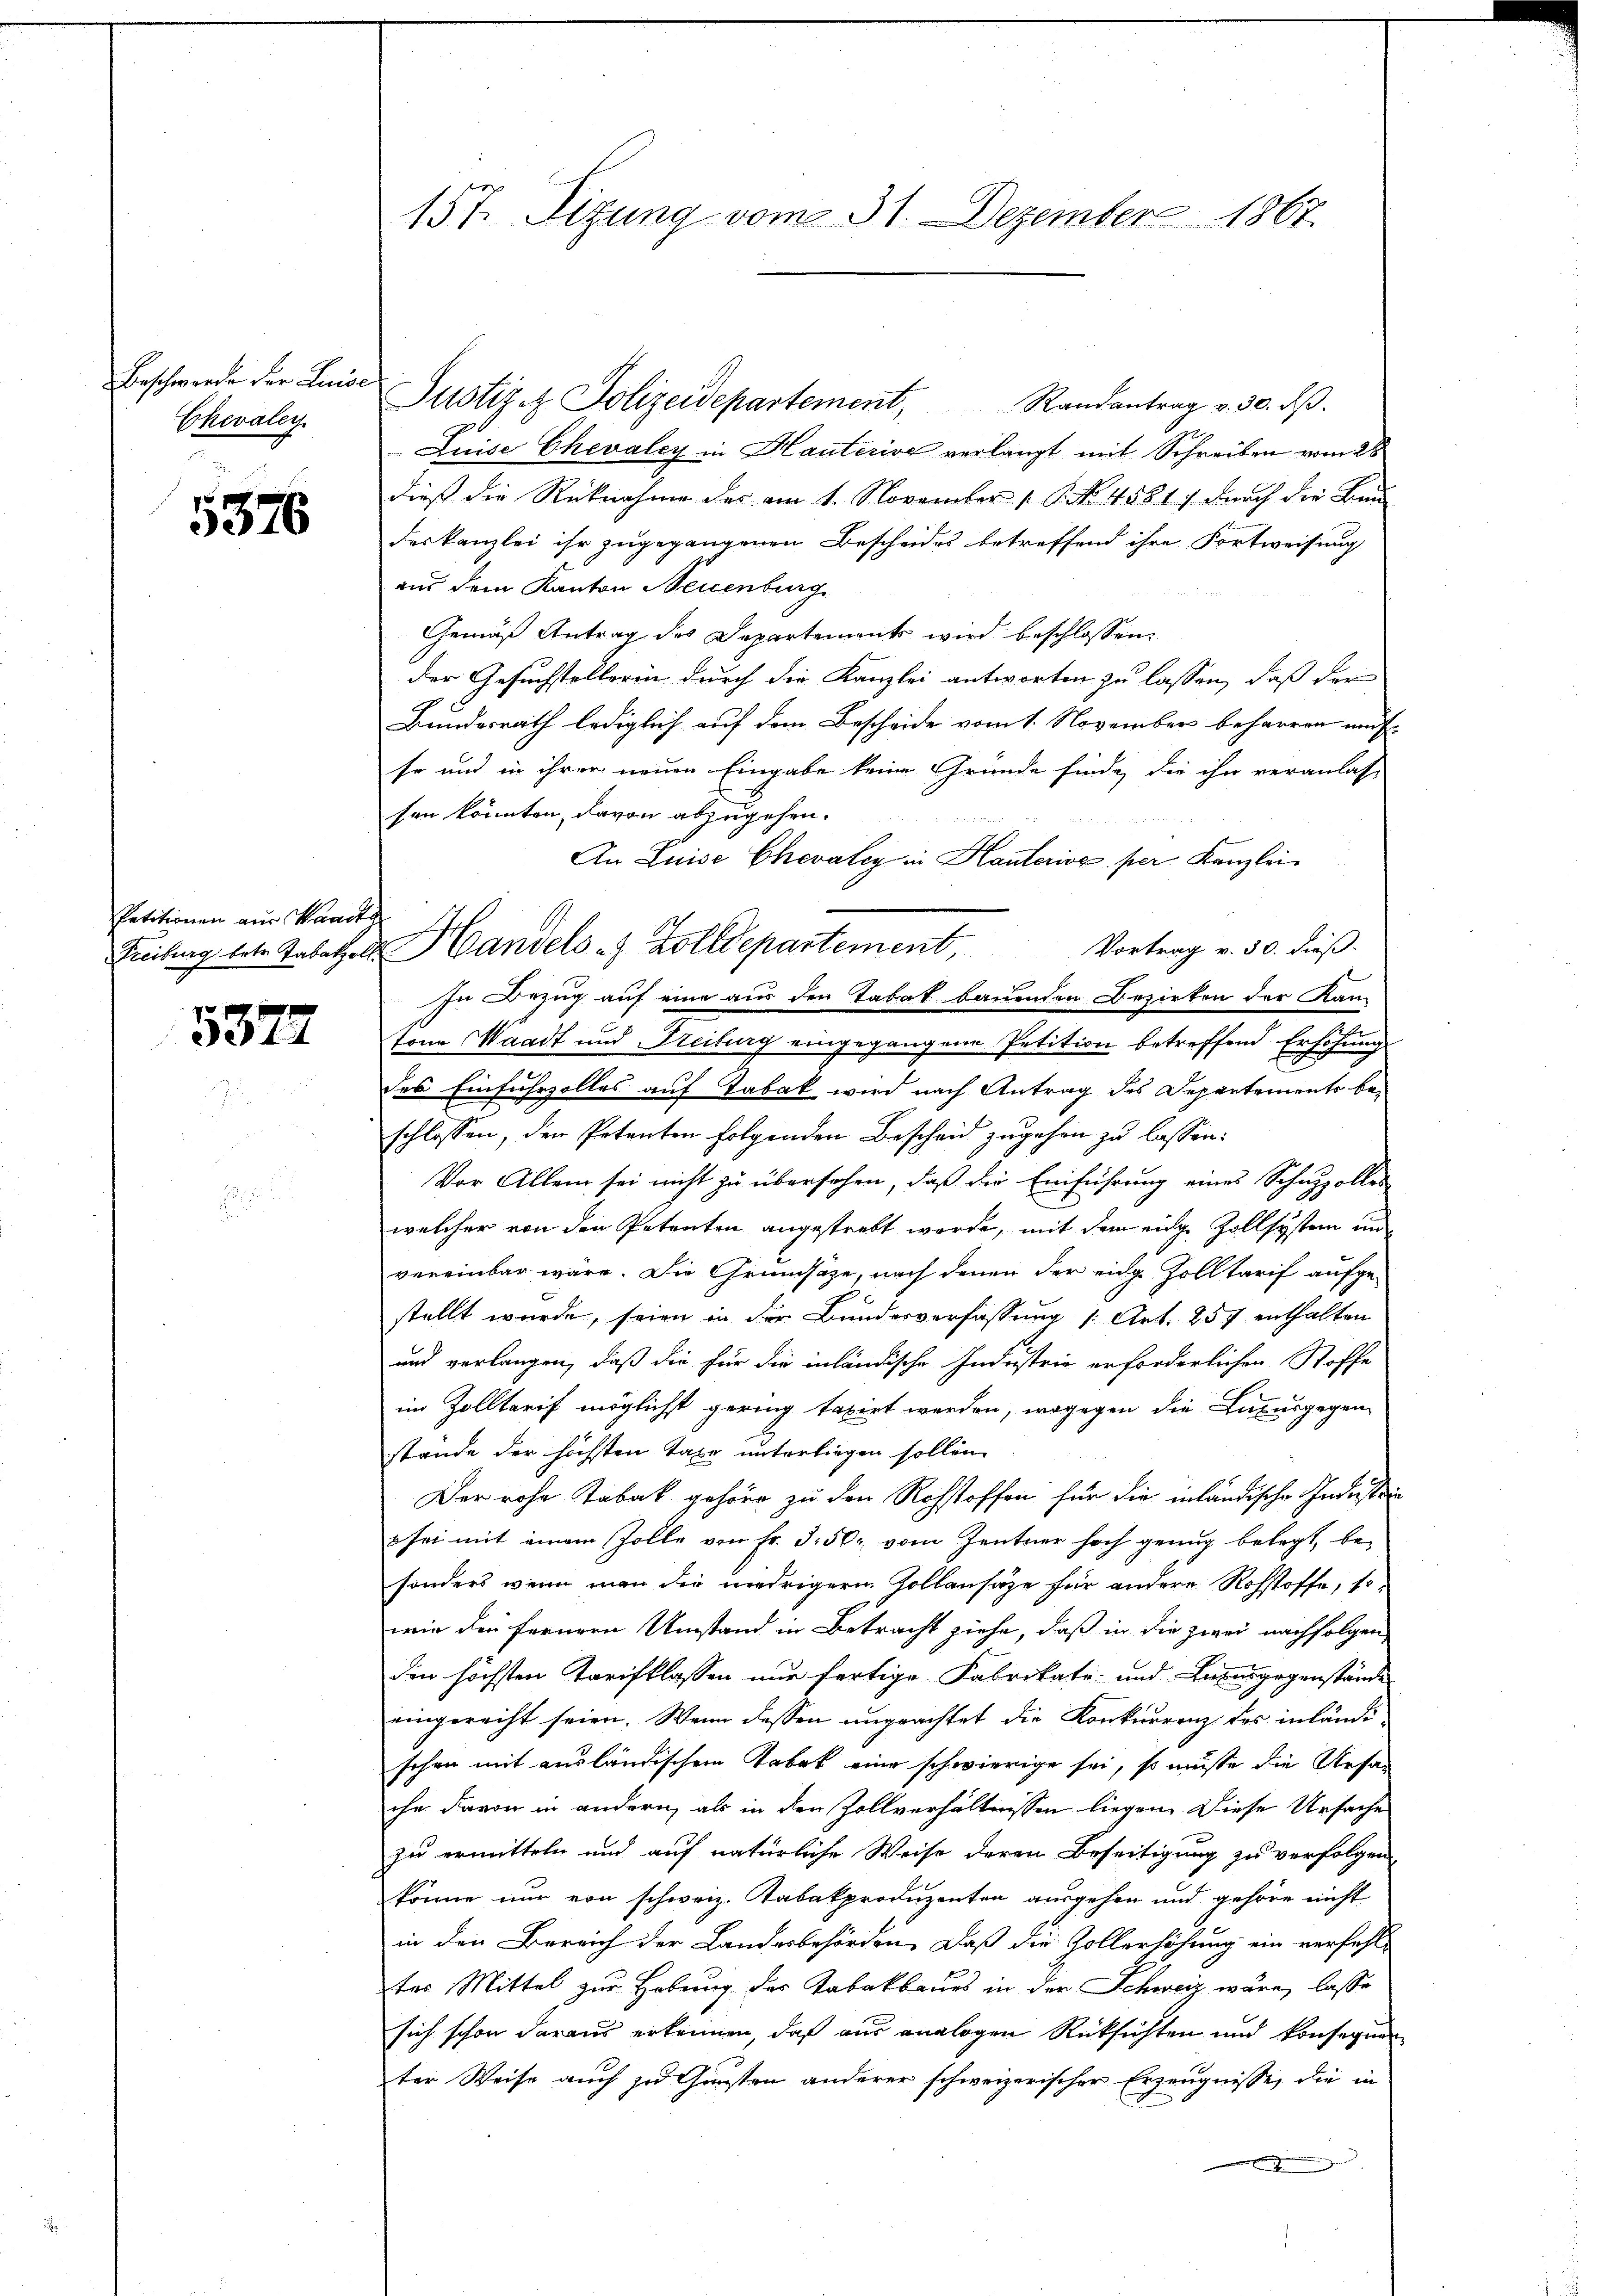
Beschwerde der Luise
Chevaley

5376

Petitionen aus Waadt

5372

157. Sizung vom 31. Dezember 1867.

Justiz & Polizeidepartement, Randantrag v. 30. dβ.
Luise Chevaley in Hautcrive verlangt mit Schreiben vom 28
dieß die Rücknahme des am 1. November 1. No. 4581, durch die Ben
deskanzlei ihr zugegangenen Bescheides betreffend ihre Fortweisung
aus dem Kanton Neuenburg
Gemäß Antrag des Departement wird beschlossen:
der Gesuchstellerin durch die Kanzlei antworten zu lassen, daß der
Bundesrath lediglich auf dem Bescheide vom 1. November beharren mus
so und in ihrer neuen Eingabe keine Gründe finde, die ihn veranlas-
sen könnten, davon abzugehen.
An Luise Chevaley in Hautcrive, per Kanzlei
Vortrag v. 30. dieß.
In Bezug auf eine aus den Tabak bauenden Bezirken der Kan-
Tone Waadt und Freiburg eingegangene Petition betreffend Erhöhung
des Einfuhrzolles auf Tabak wird nach Antrag des Departements beschlossen, den Petenten folgenden Bescheid zugehen zu lassen:
Vor Allem sei nicht zu übersehen, daß die Einführung eines Schazzolles
welcher von den Petenten angestrebt werde, mit dem eige Zollsystem un
vereinbar wäre. Die Grundsaze, nach denen der eidg. Zolltarif aufgestellt wurde, seien in der Bundesverfassung /: Art. 257 enthalten
und verlangen, daß die für die inländische Industrie erforderlichen Stoffe
im Zolltarif möglichst gering taxirt werden, wogegen die Luxusgegen
stande der höchsten Jahr unterliegen sollen
Der rohe Tabak gehöre zu den Rohstoffen für die inländische Industri
 sei mit einem Zolle von Fr. 3. 50 vom Zentner hoch genug belegt, be-
sonders wenn man die niedrigern Zollansaze für andere Rohstoffe, sowie den fernern Umstand in Betracht ziehe, daß in die zwei nachfolgen
den höchsten Tarifklassen nur fertige Fabrikate- und Knausgegenstände
eingerecht seien. Wenn dessen ungeachtet die Konkurrenz des inländi
sehen mit ausländischen Tabak eine schwierige sei, so müsse die Ursa
che davon in andern, als in den Zollverhältnissen liegen. Diese Ursache
zu ermitteln und auf natürliche Weise deren Beseitigung zu verfolgen
könne nur von schweiz. Tabakproduzenten ausgehen und gehöre nicht
in den Bereich der Landesbehörden. Daß die Zollerhöhung ein verfehltes Mittel zur Hebung des Tabakbaues in der Schweiz wäre, lasse
sich schon daraus erkennen, daß aus analogen Rücksichten und konsequen
ter Weise auch zu Gunsten anderer schweizerischer Erzeugnisse, die in

Freibung betr. Tabethe Handels- & Zolldepartement,